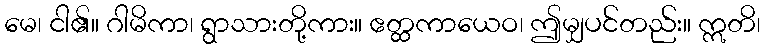
မေ၊ ငါ၏။ ဂါမိကာ၊ ရွာသားတို့ကား။ ဧတ္ထကာယေဝ၊ ဤမျှပင်တည်း။ ဣတိ၊